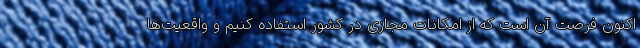
اکنون فرصت آن است که از امکانات مجازی در کشور استفاده کنیم و واقعیت‌ها